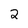
Character: 2